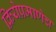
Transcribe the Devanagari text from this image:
क्रियेप्रमाणेच